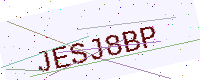
Text: JESJ8BP